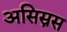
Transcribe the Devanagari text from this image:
असिस्नस